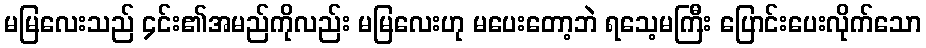
မမြလေးသည် ၄င်း၏အမည်ကိုလည်း မမြလေးဟု မပေးတော့ဘဲ ရသေ့မကြီး ပြောင်းပေးလိုက်သော